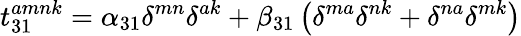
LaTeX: t_{31}^{amnk}=\alpha_{31}\delta^{mn}\delta^{ak}+\beta_{31}\left(\delta^{ma}\delta^{nk}+\delta^{na}\delta^{mk}\right)